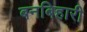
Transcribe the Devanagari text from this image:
बनबिहारी